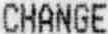
CHANGE